Annual report on the lock hospitals of the Madras Presidency
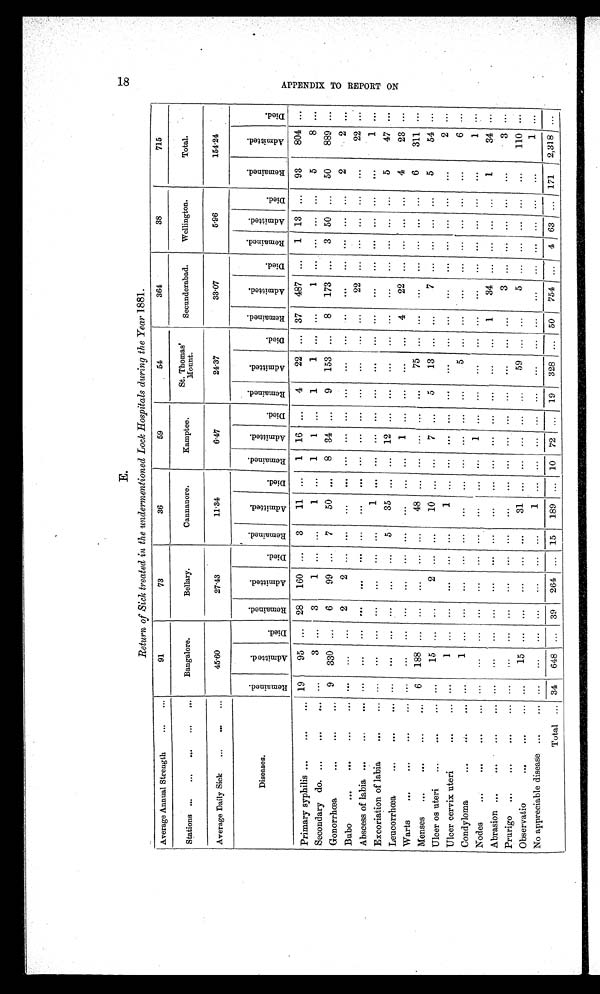
18
E.
Return of Sick treated in the undermentioned Lock Hospitals during the Year 1881.
Average Annual Strength ... ...
91
73
36
59
54
364
38
715
Stations ... ... . . .
. . .
. . .
Bangalore.
Bellary.
Cannanore.
Kamptee.
St. Thomas
' Mount.
Secunderabad.
Wellington.
Total.
Average Daily Sick ... ... ...
45.60
27.43
11.34
6.47
24.37
33.07
5.96
1 5 4 . 2 4
R e m a i n e d .
A d m i t t e d . D i e d .
R e m a i n e d .
A d m i t t e d .
D i e d .
R e m a i n e d .
A d m i t t e d .
D i e d . R e m a i n e d .
A d m i t t e d . D i e d .
R e m a i n e d .
A d m i t t e d . D i e d .
R e m a i n e d .
A d m i t t e d .
D i e d .
A d m i t t e d . R e m a i n e d . D i e d .
A d m i t t e d .
A d m i t t e d .D
i e d .
Diseases.
Primary syphilis ... ...
... 19
95 . . . 28 160 . . . 3
11 . . . 1 16 . . . 4 22 . . . 37 487 ... 1 13 ... 93
804 ...
Secondary do. ...
...
... . . .
3 ... 3
1
. . . . . .
1 ... 1 1 . . . 1
1 . . .
. . .
1
. . . ... ... ...
5
8
Gonorrhœa
... ...
...
9 330 ... 6
99 ... 7
50
. . . 8 34 . . . 9 153 . . . 8 173 . . . 3 50 ... 50
88
. . .
Bubo
. . .
. . .
. . .
...
. . .
. . . . . . 2
2 ... ...
. . .
. . . . . .
. . . . . . . . . ... ... ...
. . . . . .
. . . . . . . . . 2
2 . . .
Abscess of labia ... ... ...
. . .
. . .
. . .
. . . . . .
. . . . . . . . .
. . . . . .
. . . . . . . . .
. . . . . .
. . . 22 ... ... ... ...
. . .
22
. . .
Excoriation of labia
...
... . . .
. . . . . .
. . .
. . .
. . . . . .
1 . . .
. . .
. . . . . . . . .
. . . . . . . . .
. . .
. . .
. . . . . . . . .
. . .
1 ...
Leucorrhœa
...
. . .
...
. . .
. . . . . .
. . .
. . .
... 5
35 . . .
. . . 12 . . .
. . .
. . . . . . . . . . . .
. . .
. . . ... . . .
5
47 . . .
Warts ...
...
...
... . . .
. . . . . . ... ... ... ... ...
. . .
. . . 1 . . .
. . .
. . . . . . 4 22
. . .
. . . . . . . . . 4
23 ...
Menses ...
...
...
... 6 188 . . .
. . .
. . . . . . ...
48 . . .
. . . ...
. . . . . . 75 ... ... ...
. . .
. . . . . . . . . 6
311 . . .
Ulcer os uteri ...
...
... . . .
15 . . .
. . .
2
. . . . . . 10 . . . ... 7 . . . 5
13 . . . . . .
7 . . .
. . . . . . . . .
5
54 . . .
Ulcer cervix uteri
. . .
...
. . . 1 ...
. . .
. . . . . .
. . .
1 . . .
. . .
. . . . . . . . . . .
. . . ... ... ... ... ... ... ... ...
2 ...
Condyloma
...
. . . . . .
. . . 1 ...
. . .
. . .
. . .
. . .
. . .
. . .
. . .
. . . . . .
. . .
5 . . . . . . ... ...
. . . ... . . . ...
6 . . .
Nodes ...
...
..
.
...
. . .
. . . . . .
. . .
. . .
. . . . . .
. . .
. . . . . . 1 . . .
. . .
. . . . . . . . .
. . .
. . .
. . . . . . . . . ...
1 . . .
Abrasion ...
...
... ...
. . . ... ... ...
. . .
. . . . . . ... ... ...
. . . . . . . . . ... ... 1
34
. . .
. . . . . . . . . 1
34 . . .
Prurigo ...
...
...
... . . .
. . . . . .
. . .
. . .
. . . ...
. . .
. . . . . . . . .
. . .
. . .
. . . . . . . . .
3 ...
... ... ...
3 . . .
Observatio
...
...
...
...
15 ... . . . ... ... ...
31 ... ... ... ... ...
59 ... ...
5 ... ... ... ...
. . .
110 . . .
No appreciable disease ...
... . . . ... ... . . .
. . .
. . . ...
1 ... ... ... ...
. . . ...
. . . . . .
. . .
. . . . . . . . .
. . . ...
1 . . .
Total . . . 34 648 . . . 39 264 . . . 15 189 . . . 10 72 . . . 19 328 . . . 50 754
. . . 4 63 . . . 171 2,318 . . .